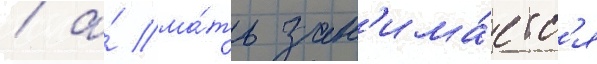
/ а́ ма́ть зан'има́етс'я